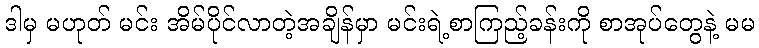
ဒါမှ မဟုတ် မင်း အိမ်ပိုင်လာတဲ့အချိန်မှာ မင်းရဲ့စာကြည့်ခန်းကို စာအုပ်တွေနဲ့ မမ